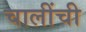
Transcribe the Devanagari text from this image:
चालींची